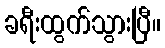
ခရီးထွက်သွားပြီ။